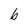
Character: b